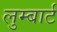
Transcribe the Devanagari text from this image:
लुम्बार्ट